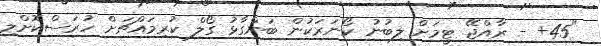
"45+ - ރާއްޖޭ ޓީމަށް ލިބުނު ކޯނަރަކުން ބަންގާޅު ގޯލް ކުރިމައްޗަށް ހުރަސްކޮށްލި